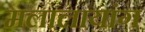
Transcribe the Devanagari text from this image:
मलालायांग